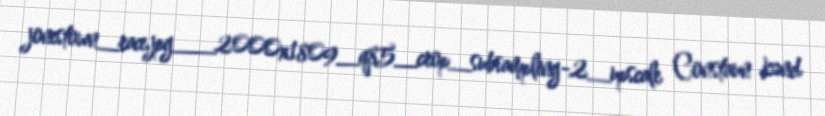
jonestown_race.jpg__2000x1809_q85_crop_subsampling-2_upscale Constaun kənd